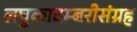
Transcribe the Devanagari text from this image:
लघुकादम्बरीसंग्रह